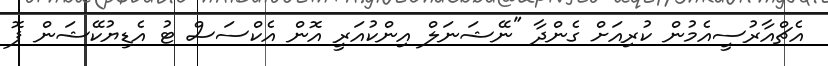
އެޗްއާރުސީއެމުން ކުރިއަށް ގެންދާ "ނޭޝަނަލް އިންކުއަރީ އޮން އެކްސަސް ޓު އެޑިޔުކޭޝަން ފޮ